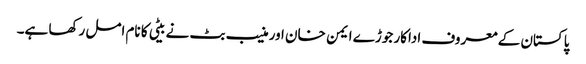
پاکستان کے معروف اداکار جوڑے ایمن خان اور منیب بٹ نے بیٹی کا نام امل رکھا ہے۔